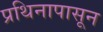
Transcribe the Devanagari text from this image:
प्रथिनापासून